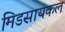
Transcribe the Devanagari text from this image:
मिडसायकल